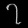
Digit: ၇